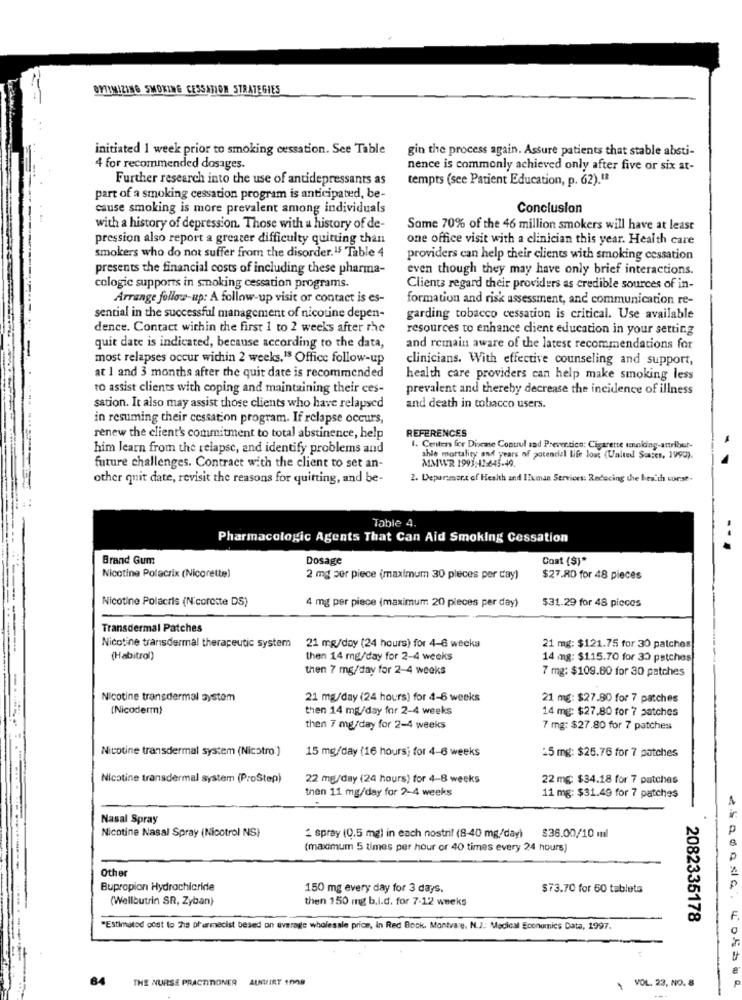
BYTIMIZING SMOKING CESSATION STRATEGIES
initiated 1 week prior to smoking cessation. See Table
gin the process again. Assure patients that stable absti-
4 for recommended dosages.
nence is commonly achieved only after five or six at-
Further research into the use of antidepressants as
tempts (see Patient Education, p. 62).1ª
part of a smoking cessation program is anticipated, be-
cause smoking is more prevalent among individuals
Conclusion
with a history of depression. Those with a history of de-
Some 70% of the 46 million smokers will have at least
pression also report a greater difficulty quitting than
one office visit with a clinician this year. Health care
smokers who do not suffer from the disorder.15 Table 4
providers can help their clients with smoking cessation
presents the financial costs of including these pharma-
even though they may have only brief interactions.
cologic supports in smoking cessation programs.
Clients regard their providers as credible sources of in-
Arrange follow-up: A follow-up visit or contact is es-
formation and risk assessment, and communication re-
sential in the successful management of nicotine depen-
garding tobacco cessation is critical. Use available
dence. Contact within the first 1 to 2 weeks after the
resources to enhance client education in your setting
quit date is indicated, because according to the data,
and remain aware of the latest recommendations for
most relapses occur within 2 weeks,18 Office follow-up
clinicians. With effective counseling and support,
at 1 and 3 months after the quit date is recommended
health care providers can help make smoking less
to assist clients with coping and maintaining their ces-
prevalent and thereby decrease the incidence of illness
sation. It also may assist those clients who have relapsed
and death in tobacco users.
in resuming their cessation program. If relapse occurs,
REFERENCES
renew the client's commitment to total abstinence, help
him learn from the relapse, and identify problems and
1. Centers for Disease Control and Prever.tico: Cigarette smoking-attribut-
able mortality and years of potencial life lost (United States, 1999).
MMWR 1993,42-645-49.
future challenges. Contract with the client to set an-
other quit date, revisit the reasons for quitting, and be-
2. Deparsmart of Health and IEuman Services: Reducing the besth corse.
Table 4
Pharmacologic Agents That Can Aid Smoking Cessation
Brand Gum
Dosage
Cost (S)*
Nicotine Polacrix (Nicorette)
2 mg per piece (maximum 30 pieces per day)
$27.80 for 48 pieces
Nicotine Polacris (Nicorette DS)
4 mg per piece (maximum 20 pieces per day)
$31.29 for 48 pieces
Transdermal Patches
Nicotine transdermal therapeutic system 21 mg/day (24 hours) for 4-6 weeks
21 mg: $121.75 for 30 patches
(Habitrol)
then 14 mg/day for 2-4 weeks
14 mg: $115.70 for 30 patches
then 7 mg/day for 2-4 weeks
7 mg: $109.60 for 30 patches
Nicotine transdermal system
21 mg/day (24 hours) for 4-6 weeks
21 mg: $27.80 for 7 patches
(Nicoderm)
then 14 mg/day for 2-4 weeks
14 mg: $27.80 for 7 patches
then 7 mg/day for 2-4 weeks
7 mg: $27.80 for 7 patches
Nicotine transdermal system (Nicotro.)
15 mg/day (16 hoursj for 4-6 weeks
25 mg: $25.76 for 7 patches
Nicotine transdermal system (ProStep)
22 mg/day (24 hours) for 4-8 weeks
22 mg: $34.18 for 7 patches
then 11 mg/day for 2-4 weeks
11 mg: $31.49 for 7 patches
Nasal Spray
Nicotine Nasal Spray (Nicotrol NS)
2 spray (0.5 mg) in each nostril (8-40 mg/day) $36.00/10 ml
(maximum 5 times per hour or 40 times every 24 hours)
Other
Bupropion Hydrochloride
150 mg every day for 3 days.
$73.70 for 50 tableta
(Wellbutrin SR, Zyban)
then 150 mg b.i.d. for 7-12 weeks
2082335178
"Estimated cost to The pharmecist besed on average wholesale price, in Red Bock. Montvare, N.J .: Medical Economics Data, 1997.
84
THE NURSE PRACTITIONER
AURHIRT 1008
VOL. 23, NO. 8